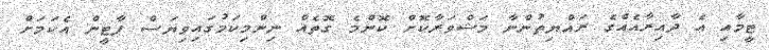
ޓީމާއި އެ ދާއިރާއެއްގެ ރައްޔިތުންނާ މަޝްވަރާކޮށް ކޮންމެ ގޮތެއް ނިންމިކަމުގައިވިޔަސް ޕާޓީން އެކަމަށް